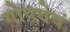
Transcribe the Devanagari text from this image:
गोपवेषं